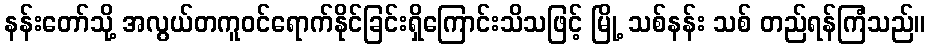
နန်းတော်သို့ အလွယ်တကူဝင်ရောက်နိုင်ခြင်းရှိကြောင်းသိသဖြင့် မြို့ သစ်နန်း သစ် တည်ရန်ကြံသည်။